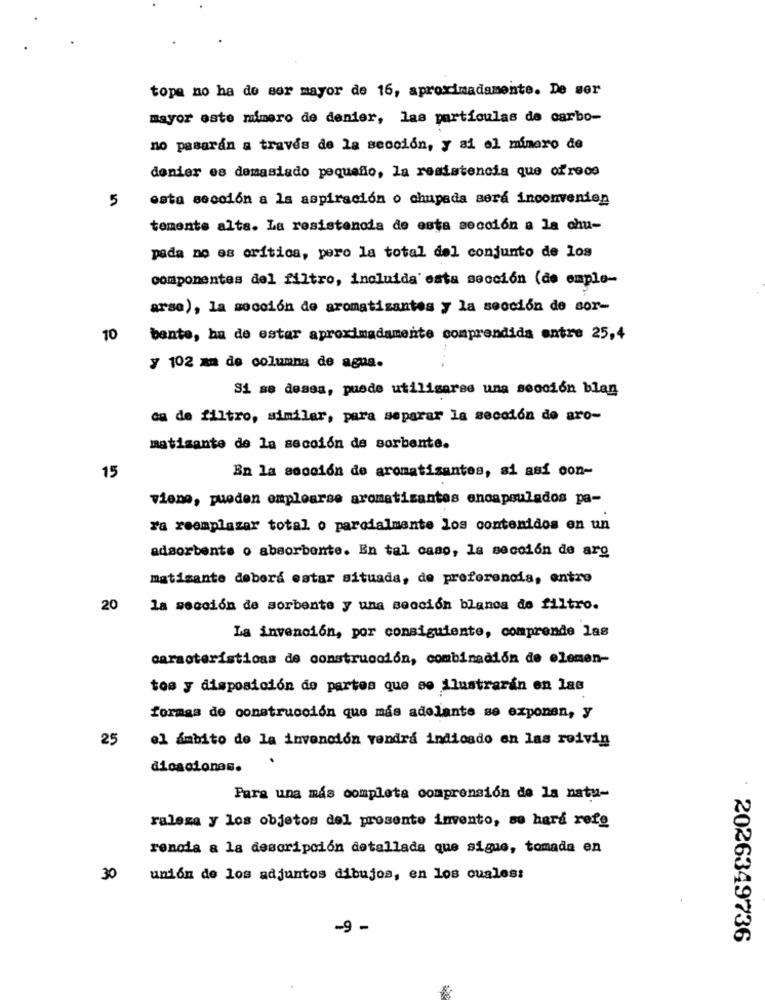
tope no ha de ser mayor de 16, aproximadamente. De ser
mayor este mimero de denier, las particulas de carbo-
no pasarán a través de la sección, y ai el mimero de
denier es demasiado pequeño, la resistencia que ofrece
5
esta sección a la aspiración o chupada será inconvenien
temente alta. La resistencia de esta sección a la chu-
pada no es crítica, pero la total del conjunto de los
componentes del filtro, incluida esta sección (de emple-
arse), la sección de aromatisantes y la sección de sor-
10
bente, ha de estar aproximadamente comprendida entre 25,4
y 102 za de columna de agua.
Si se dessa, puede utiligares una sección blan
ca de filtro, similar, para separar la sección de aro-
matisante de la sección de sorbente.
En la sección de aromatisantes, si así con-
15
viene, pueden emplearse aromatizantes encapsulados pa-
ra reemplazar total o parcialmente los contenidos en un
adsorbente o absorbente. En tal caso, la sección de arg
matizante debora estar situada, de preferencia, entro
20
la sección de sorbente y una sección blanca de filtro.
La invención, por consiguiente, comprende las
caracteristicas de construcción, combinación de elemen-
tos y disposición de partes que se ilustraran en las
formas de construcción que mas adelante se exponen, y
25
el ámbito de la invención vendrá indicado en las roivin
dicaciones.
Para una mas completa comprensión de la natu-
raleza y los objetos del prosente invento, so hard refe
renoda a la descripción detallada que sigue, tomada en
30
unión de los adjuntos dibujos, en los cuales:
-9 -
2026349736